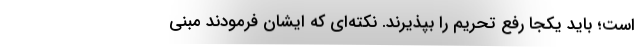
است؛ باید یکجا رفع تحریم را بپذیرند. نکته‌ای که ایشان فرمودند مبنی